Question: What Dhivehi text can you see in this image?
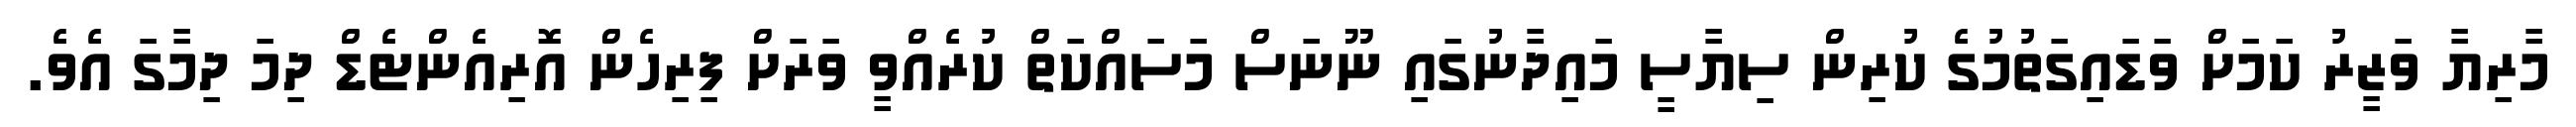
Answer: މާރިޔާ ވަޒީރު ކަމަށް ވަޑައިގަތުމުގެ ކުރިން ސިޔާސީ މައިދާނުގައި ނޫނަސް މަސައްކަތް ކުރެއްވީ ވަރަށް ފިރިހެން އޮރިއެންޓެޑް ދިމަ ދިމާގަ އެވެ.